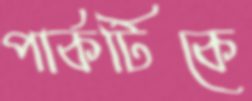
পার্কটিকে